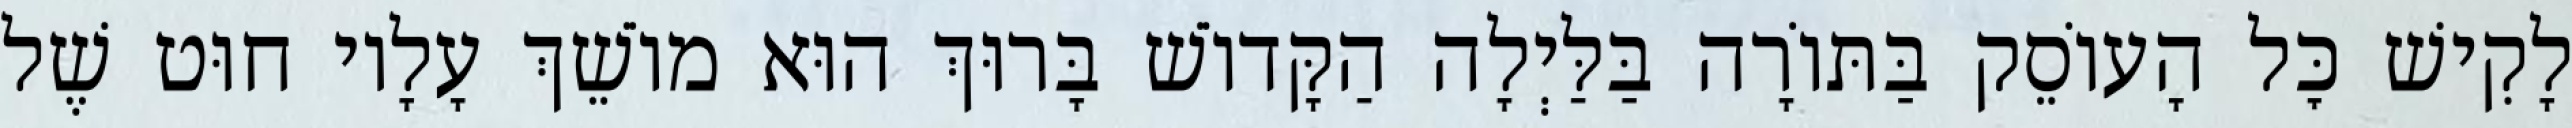
לָקִישׁ כׇּל הָעוֹסֵק בַּתּוֹרָה בַּלַּיְלָה הַקָּדוֹשׁ בָּרוּךְ הוּא מוֹשֵׁךְ עָלָיו חוּט שֶׁל